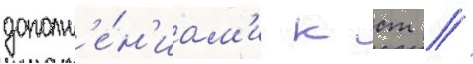
дополн'е́н'иам'и к ст //